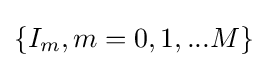
\left\{I_{m},m=0,1,...M\right\}